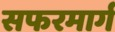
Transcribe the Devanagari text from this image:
सफरमार्ग